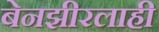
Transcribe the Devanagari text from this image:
बेनझीरलाही